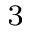
^ 3